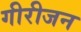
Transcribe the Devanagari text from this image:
गीरीजन